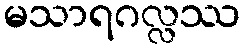
မသာရဂလ္လဿ